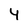
Character: 4